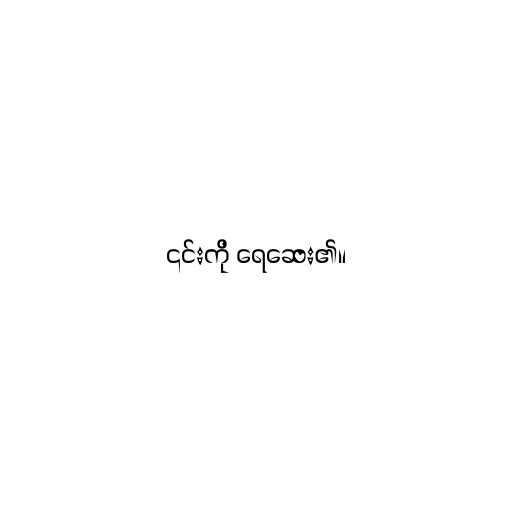
၎င်းကို ရေဆေး၏။